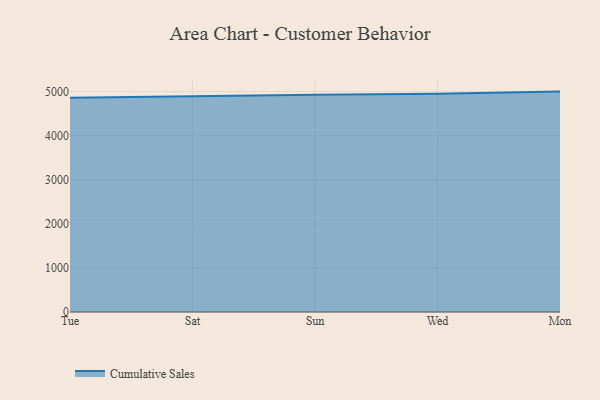
{"axis": {"x": "Day", "y": "Market Share (%)"}, "legend": ["Cumulative Sales"], "data": [{"x": "Tue", "y": 4858.8, "type": "Cumulative Sales"}, {"x": "Sat", "y": 4902.5, "type": "Cumulative Sales"}, {"x": "Sun", "y": 4928.9, "type": "Cumulative Sales"}, {"x": "Wed", "y": 4952.0, "type": "Cumulative Sales"}, {"x": "Mon", "y": 5000, "type": "Cumulative Sales"}]}